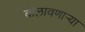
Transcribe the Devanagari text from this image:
बोलावणार्‍या